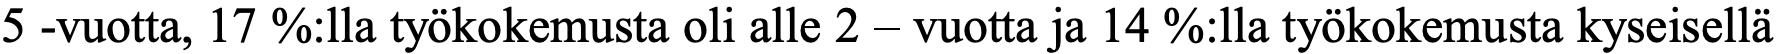
5 -vuotta, 17 %:lla työkokemusta oli alle 2 – vuotta ja 14 %:lla työkokemusta kyseisellä